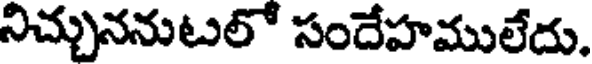
నిచ్చుననుటలో సందేహములేదు.